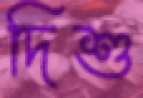
দিশু